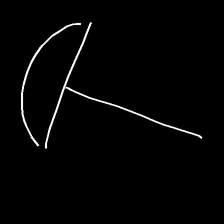
Glyph: dispersion